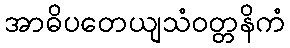
အာဓိပတေယျသံဝတ္တနိကံ